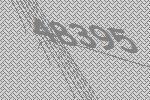
48395